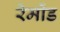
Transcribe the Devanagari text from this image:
रेमोंड